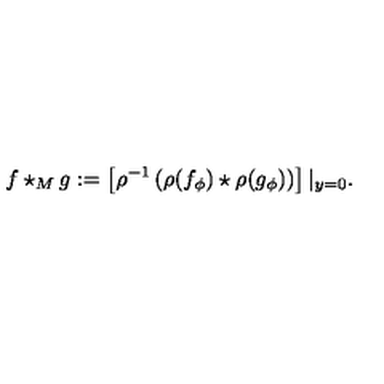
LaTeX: f \star _ { M } g : = \left[ \rho ^ { - 1 } \left( \rho ( f _ { \phi } ) \star \rho ( g _ { \phi } ) \right) \right] | _ { y = 0 } .